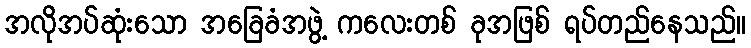
အလိုအပ်ဆုံးသော အခြေခံအဖွဲ့ ကလေးတစ် ခုအဖြစ် ရပ်တည်နေသည်။